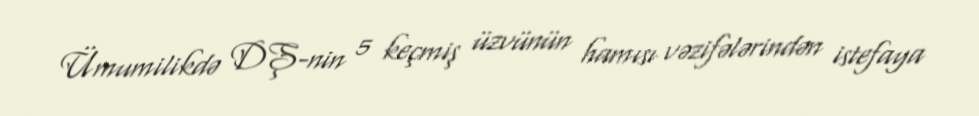
Ümumilikdə DŞ-nin 5 keçmiş üzvünün hamısı vəzifələrindən istefaya